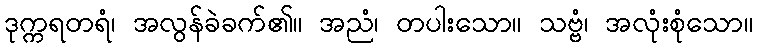
ဒုက္ကရတရံ၊ အလွန်ခဲခက်၏။ အညံ၊ တပါးသော။ သဗ္ဗံ၊ အလုံးစုံသော။